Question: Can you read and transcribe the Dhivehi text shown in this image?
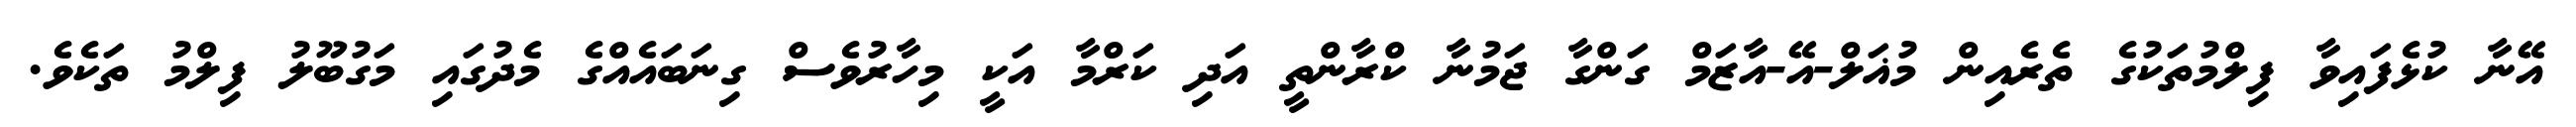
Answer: އޭނާ ކުޅެފައިވާ ފިލްމުތަކުގެ ތެރެއިން މުޣަލް-އޭ-އާޒަމް ގަންގާ ޖަމުނާ ކްރާންތީ އަދި ކަރްމާ އަކީ މިހާރުވެސް ގިނަބައެއްގެ މެދުގައި މަގުބޫލު ފިލްމު ތަކެވެ.